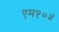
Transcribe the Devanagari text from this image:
एम१०५